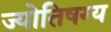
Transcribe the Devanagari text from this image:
ज्योतिषग्य